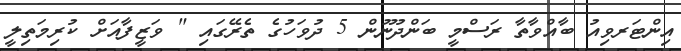
އިންޓަރވިއު ބާއްވާތާ ރަސްމީ ބަންދުނޫން 5 ދުވަހުގެ ތެރޭގައި " ވަޒީފާއަށް ކުރިމަތިލީ